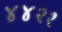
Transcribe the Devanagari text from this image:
४४२१